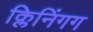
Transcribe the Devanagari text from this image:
क्लिनिंगग